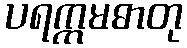
ပရက္ကမဓာတု